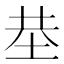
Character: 𡋍